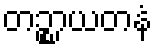
တဉ္စာယတနံ